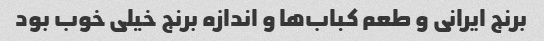
برنج ایرانی و طعم کباب‌ها و اندازه برنج خیلی خوب بود